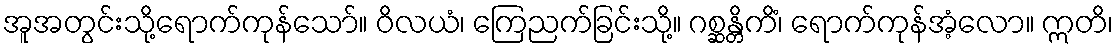
အူအတွင်းသို့ရောက်ကုန်သော်။ ဝိလယံ၊ ကြေညက်ခြင်းသို့။ ဂစ္ဆန္တိကိံ၊ ရောက်ကုန်အံ့လော။ ဣတိ၊